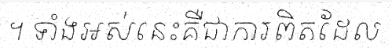
។ ទាំងអស់នេះគឺជាការពិតដែល